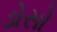
ડોસો